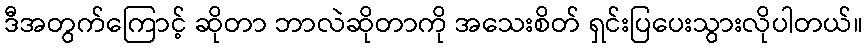
ဒီအတွက်ကြောင့် ဆိုတာ ဘာလဲဆိုတာကို အသေးစိတ် ရှင်းပြပေးသွားလိုပါတယ်။